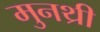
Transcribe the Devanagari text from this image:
मुनथ्री